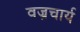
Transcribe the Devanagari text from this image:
वज्रचार्य